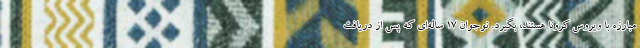
مبارزه با ویروس کرونا هستند، بگیرد. نوجوان ۱۷ ساله‌ای که پس از دریافت